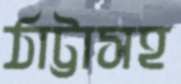
ঠাট্টাসহ